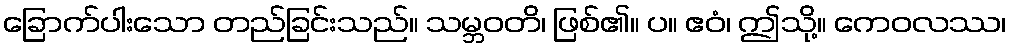
ခြောက်ပါးသော တည်ခြင်းသည်။ သမ္ဘဝတိ၊ ဖြစ်၏။ ပ။ ဧဝံ၊ ဤသို့။ ကေဝလဿ၊